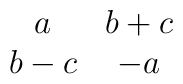
\begin{array}{cc}   a & b+c \\  b-c & -a \end{array}